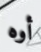
أوه